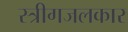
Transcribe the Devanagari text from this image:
स्त्रीगजलकार